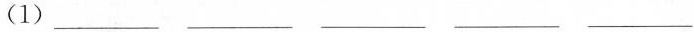
(1)___ ___ ___ ___ ___